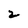
Character: 2